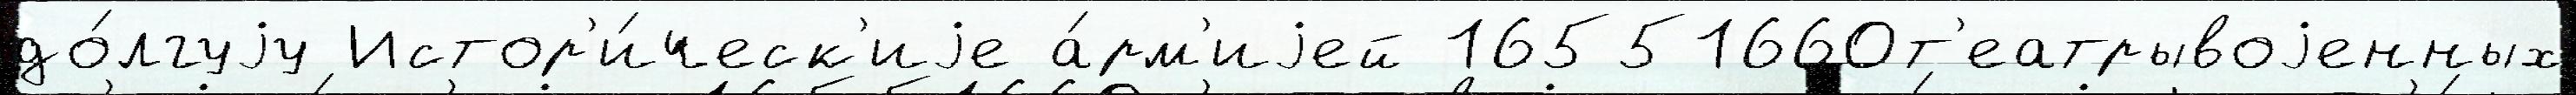
до́лгуjу Истор'и́ческ'иjе а́рм'иjей 16551660т'еатрывоjенных